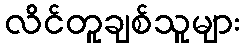
လိင်တူချစ်သူများ